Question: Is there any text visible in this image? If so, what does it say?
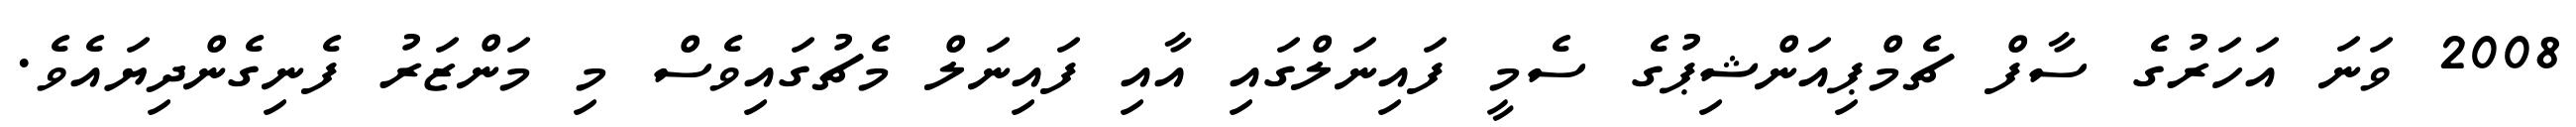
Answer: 2008 ވަނަ އަހަރުގެ ސާފް ޗެމްޕިއަންޝިޕުގެ ސެމީ ފައިނަލްގައި އާއި ފައިނަލް މެޗުގައިވެސް މި މަންޒަރު ފެނިގެންދިޔައެވެ.